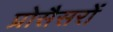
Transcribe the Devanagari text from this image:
प्रोसैसरों